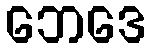
ဘေဒေ